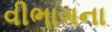
વીભાગના